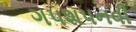
ગપશપનવી